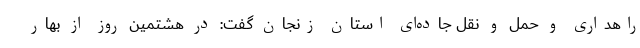
راهداری و حمل و نقل جاده‌ای استان زنجان گفت: در هشتمین روز از بهار